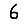
Digit: 6